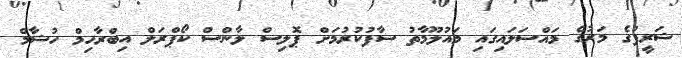
ޝަރީފުގެ މަރުގެ މައްސަލައިގައި މައުލޫމާތު ސާފުކުރުމަށް ޕޮލިސް ލާންސް ކޯޕްރަލް އިބްރާހިމް ހުޝާމް